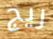
ريج